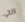
التي